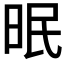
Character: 𱡾